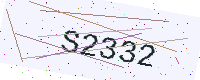
Text: S2332